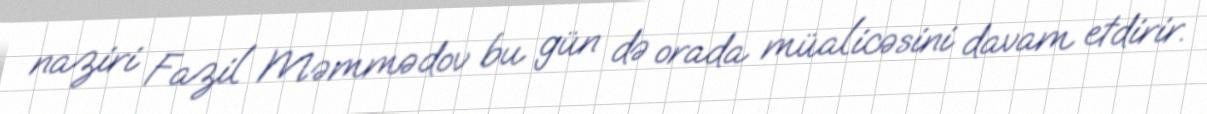
naziri Fazil Məmmədov bu gün də orada müalicəsini davam etdirir.